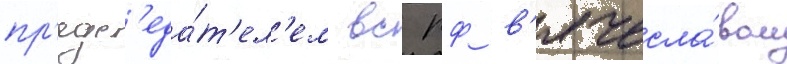
пр'едс'еда́т'ел'ем вс рф в'ячесла́вом